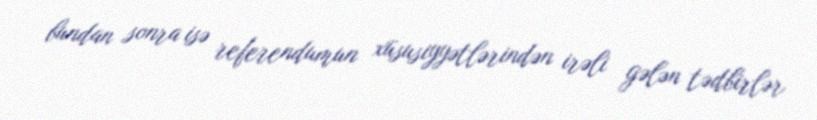
bundan sonra isə referendumun xüsusiyyətlərindən irəli gələn tədbirlər